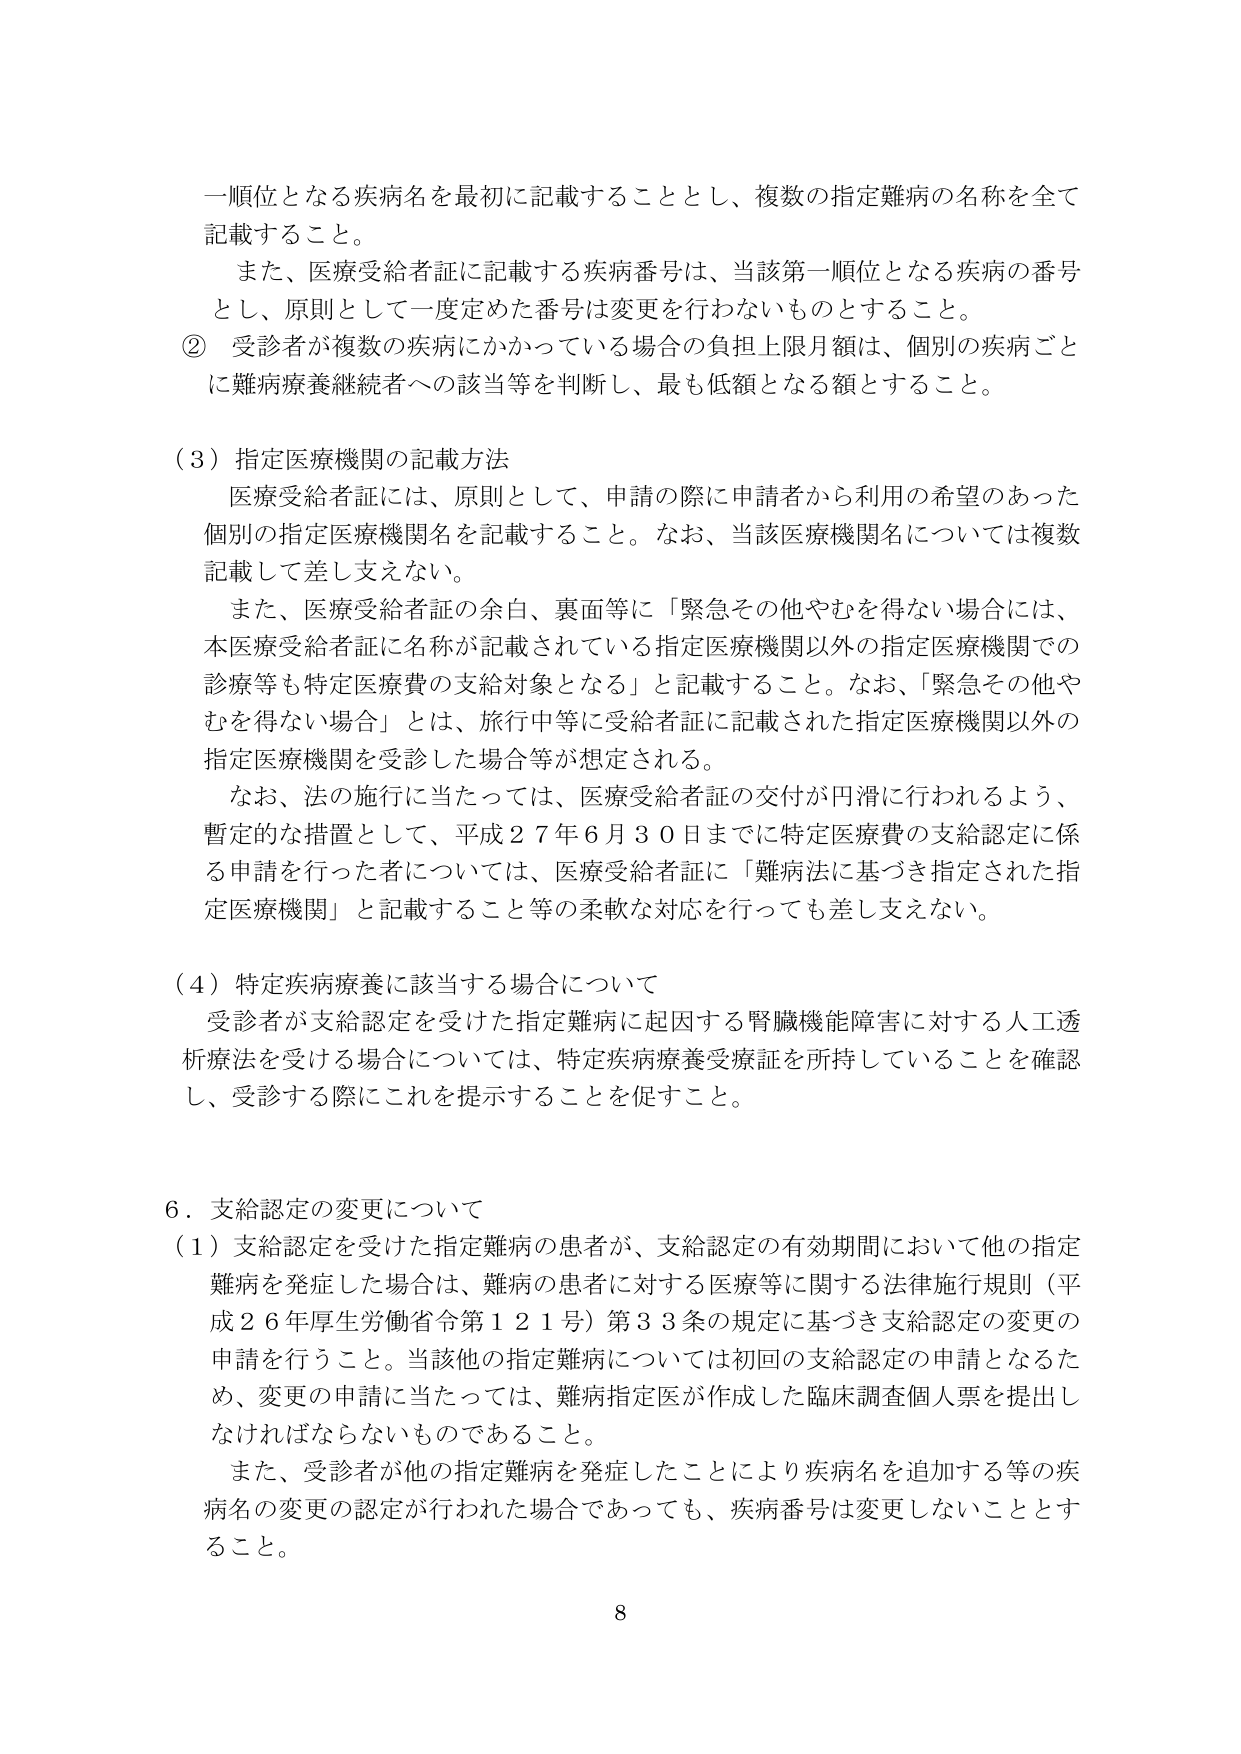
一順位となる疾病名を最初に記載することとし、複数の指定難病の名称を全て記載すること。

また、医療受給者証に記載する疾病番号は、当該第一順位となる疾病の番号とし、原則として一度定めた番号は変更を行わないものとすること。

② 受診者が複数の疾病にかかっている場合の負担上限月額は、個別の疾病ごとに難病療養継続者への該当等を判断し、最も低額となる額とすること。

（３）指定医療機関の記載方法

医療受給者証には、原則として、申請の際に申請者から利用の希望のあった個別の指定医療機関名を記載すること。なお、当該医療機関名については複数記載して差し支えない。

また、医療受給者証の余白、裏面等に「緊急その他やむを得ない場合には、本医療受給者証に名称が記載されている指定医療機関以外の指定医療機関での診療等も特定医療費の支給対象となる」と記載すること。なお、「緊急その他やむを得ない場合」とは、旅行中等に受給者証に記載された指定医療機関以外の指定医療機関を受診した場合等が想定される。

なお、法の施行に当たっては、医療受給者証の交付が円滑に行われるよう、暫定的な措置として、平成２７年６月３０日までに特定医療費の支給認定に係る申請を行った者については、医療受給者証に「難病法に基づき指定された指定医療機関」と記載すること等の柔軟な対応を行っても差し支えない。

（４）特定疾病療養に該当する場合について

受診者が支給認定を受けた指定難病に起因する腎臓機能障害に対する人工透析療法を受ける場合については、特定疾病療養受療証を所持していることを確認し、受診する際にこれを提示することを促すこと。

６．支給認定の変更について

（１）支給認定を受けた指定難病の患者が、支給認定の有効期間において他の指定難病を発症した場合は、難病の患者に対する医療等に関する法律施行規則（平成２６年厚生労働省令第１２１号）第３３条の規定に基づき支給認定の変更の申請を行うこと。当該他の指定難病については初回の支給認定の申請となるため、変更の申請に当たっては、難病指定医が作成した臨床調査個人票を提出しなければならないものであること。

また、受診者が他の指定難病を発症したことにより疾病名を追加する等の疾病名の変更の認定が行われた場合であっても、疾病番号は変更しないこととする。

8